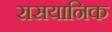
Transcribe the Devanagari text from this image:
रासयानिक